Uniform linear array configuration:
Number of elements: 4
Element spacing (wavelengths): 1
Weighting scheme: blackman
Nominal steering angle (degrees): -30
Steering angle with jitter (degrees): -31.193
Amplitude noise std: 0.05
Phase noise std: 0.05

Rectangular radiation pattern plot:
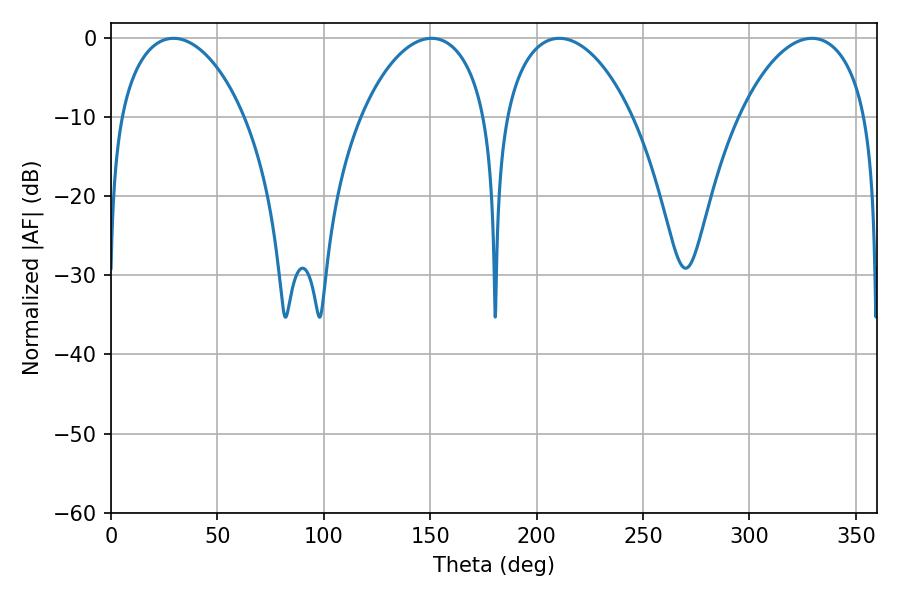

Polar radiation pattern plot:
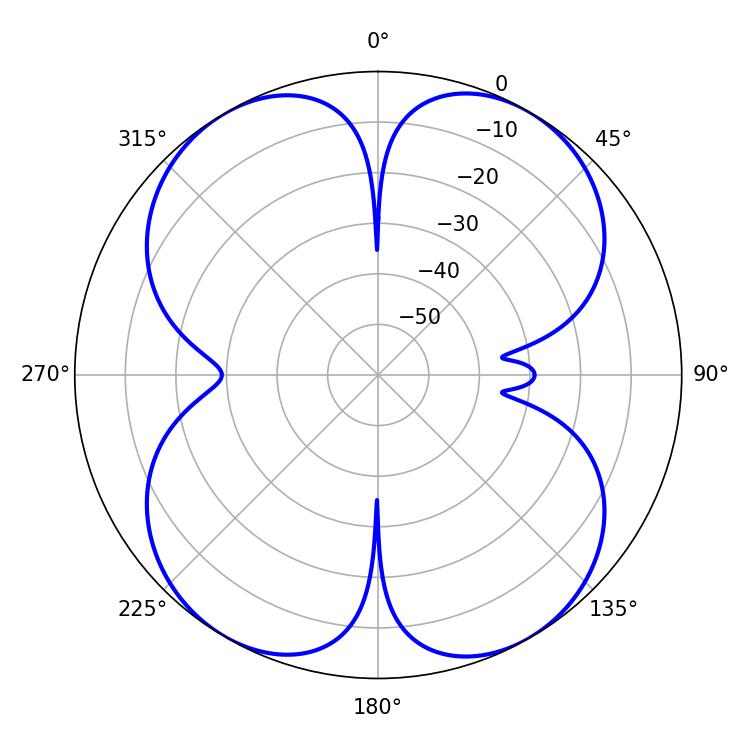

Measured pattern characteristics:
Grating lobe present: TRUE
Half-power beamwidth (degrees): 33.66
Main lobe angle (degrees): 29.34